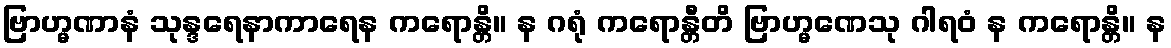
ဗြာဟ္မဏာနံ သုန္ဒရေနာကာရေန ကရောန္တိ။ န ဂရုံ ကရောန္တီတိ ဗြာဟ္မဏေသု ဂါရဝံ န ကရောန္တိ။ န